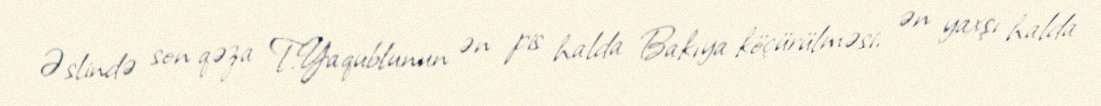
Əslində son qəza T.Yaqublunun ən pis halda Bakıya köçürülməsi, ən yaxşı halda